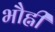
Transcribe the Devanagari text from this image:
भौह्नी